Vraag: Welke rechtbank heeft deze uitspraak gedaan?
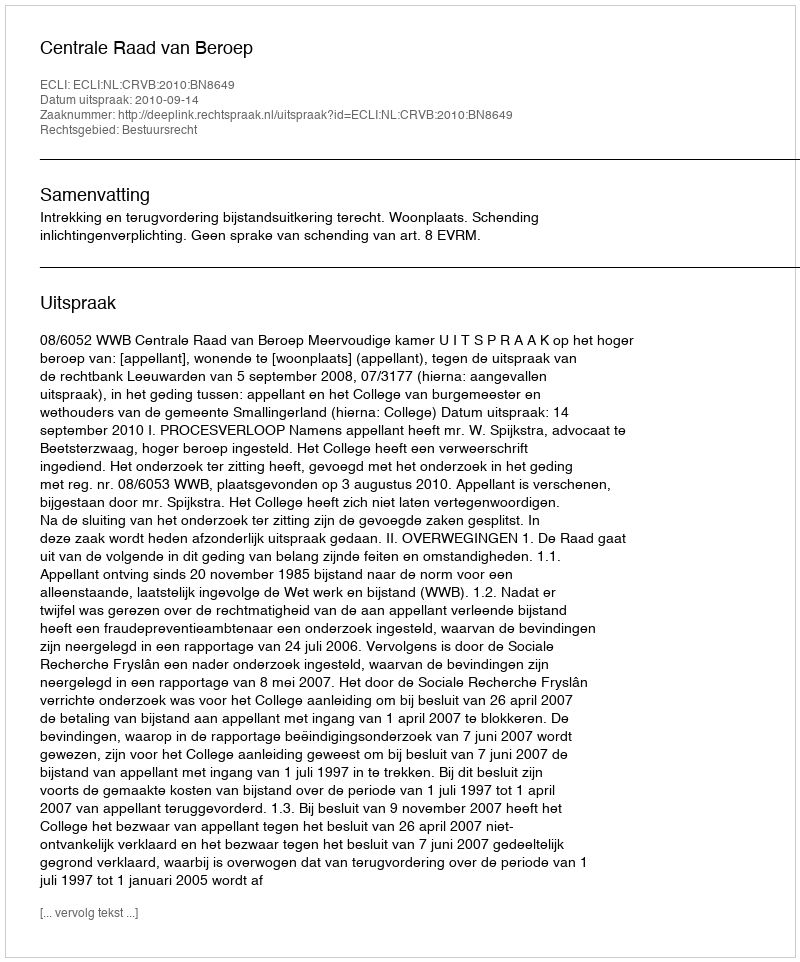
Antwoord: Centrale Raad van Beroep